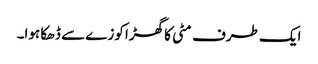
ایک طرف مٹی کا گھڑا کوزے سے ڈھکا ہوا۔